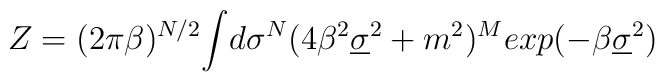
Z  = (2 \pi \beta)^{N/2}{\LARGE\int} d\sigma^N     ( 4 \beta^2 \underline{\sigma}^2 +            m^2 )^M exp( -\beta \underline{\sigma}^2 )